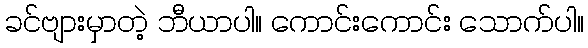
ခင်ဗျားမှာတဲ့ ဘီယာပါ။ ကောင်းကောင်း သောက်ပါ။